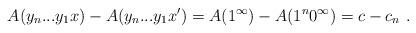
LaTeX: \begin{align*}A(y_n...y_1x) - A(y_n...y_1x') = A(1^\infty) - A(1^n 0^\infty) = c - c_n \ .\end{align*}